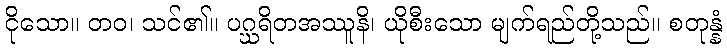
ငိုသော။ တဝ၊ သင်၏။ ပဂ္ဃရိတအဿူနိ၊ ယိုစီးသော မျက်ရည်တို့သည်။ စတုန္နံ